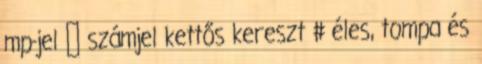
mp-jel ″ számjel kettős kereszt # éles, tompa és